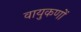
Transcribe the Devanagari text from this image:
वायुकणों